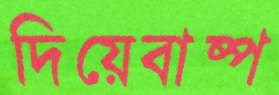
দিয়েবাষ্প